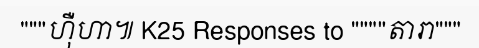
"""ហ៊ឺហា៕ K25 Responses to """"តារា"""